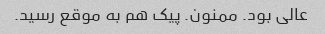
عالی بود. ممنون. پیک هم به موقع رسید.